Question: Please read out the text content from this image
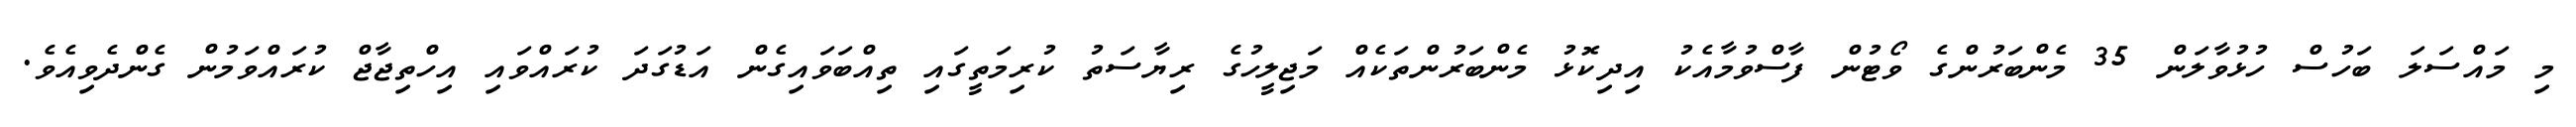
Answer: މި މައްސަލަ ބަހުސް ހުޅުވާލަން 35 މެންބަރުންގެ ވޯޓުން ފާސްވުމާއެކު އިދިކޮޅު މެންބަރުންތަކެއް މަޖިލީހުގެ ރިޔާސަތު ކުރިމަތީގައި ތިއްބަވައިގެން އަޑުގަދަ ކުރައްވައި އިހްތިޖާޖް ކުރައްވަމުން ގެންދެވިއެވެ.